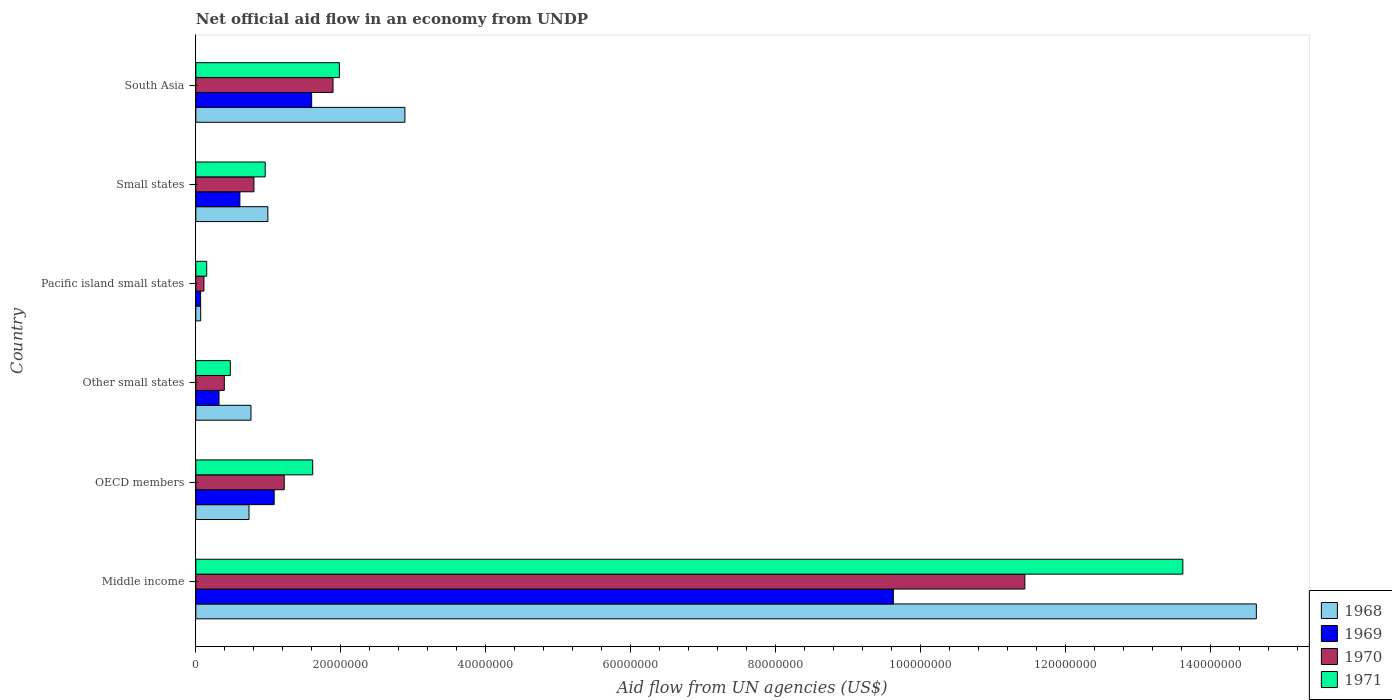
| Country | 1968 | 1969 | 1970 | 1971 |
 | --- | --- | --- | --- | --- |
 | Middle income | 1.46e+08 | 9.62e+07 | 1.14e+08 | 1.36e+08 |
 | OECD members | 7.34e+06 | 1.08e+07 | 1.22e+07 | 1.61e+07 |
 | Other small states | 7.61e+06 | 3.2e+06 | 3.93e+06 | 4.76e+06 |
 | Pacific island small states | 6.7e+05 | 6.6e+05 | 1.12e+06 | 1.5e+06 |
 | Small states | 9.94e+06 | 6.08e+06 | 8.02e+06 | 9.57e+06 |
 | South Asia | 2.88e+07 | 1.6e+07 | 1.89e+07 | 1.98e+07 |